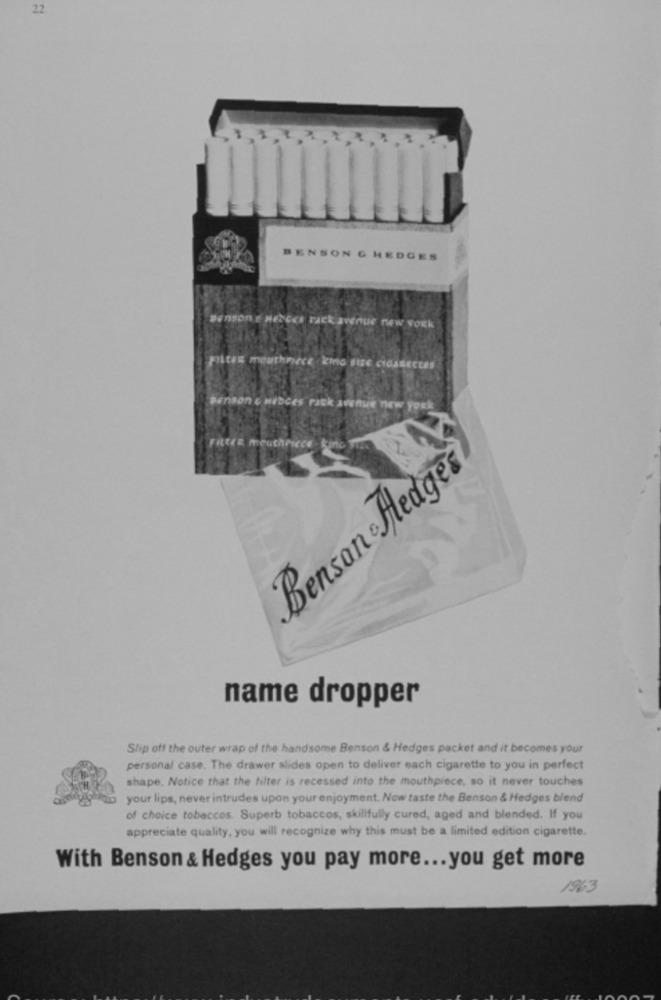
22
BENSON & HEDGES
Benson e HEDoes rack avenue new york
piten mouthpiece kind SIE CIGARECtes
Benson & Hebces rack avenue new york
FRECE mouthpiece &
Benson . Hedges
name dropper
Slip off the outer wrap of the handsome Benson & Hedges packet and it becomes your
personal case. The drawer slides open to deliver each cigarette to you in perfect
shape, Notice that the filter is recessed into the mouthpiece, so it never touches
your lips, never intrudes upon your enjoyment. Now taste the Benson & Hedges blend
of choice tobaccos. Superb tobaccos, skillfully cured, aged and blended. If you
appreciate quality, you will recognize why this must be a limited edition cigarette.
With Benson & Hedges you pay more ... you get more
1963